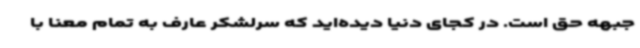
جبهه حق است. در کجای دنیا دیده‌اید که سرلشکر عارف به تمام معنا با